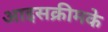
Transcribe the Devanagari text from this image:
आइसक्रीमके